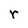
Character: r